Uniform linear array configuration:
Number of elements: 4
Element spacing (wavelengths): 1
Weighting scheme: binomial
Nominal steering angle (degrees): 60
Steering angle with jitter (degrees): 61.453
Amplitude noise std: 0.05
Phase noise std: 0.05

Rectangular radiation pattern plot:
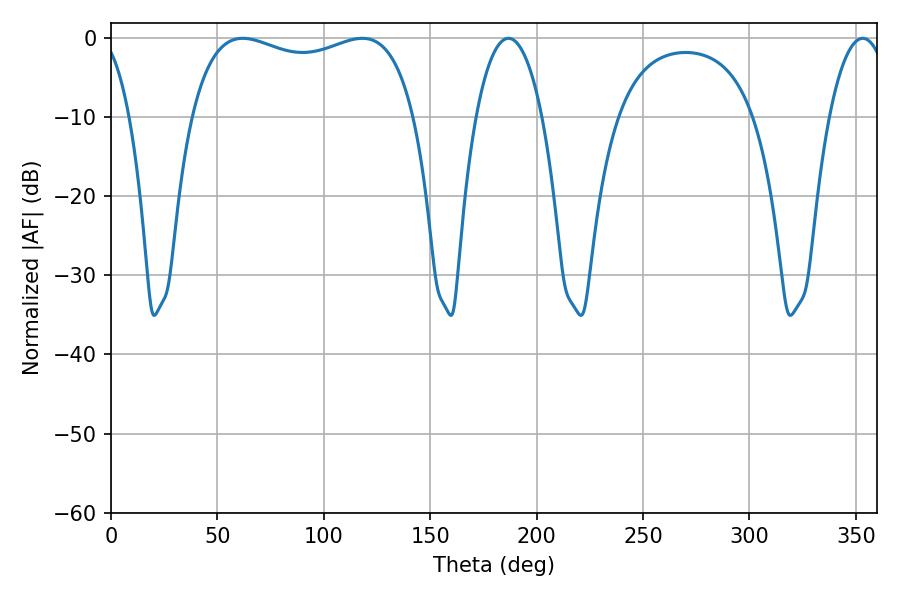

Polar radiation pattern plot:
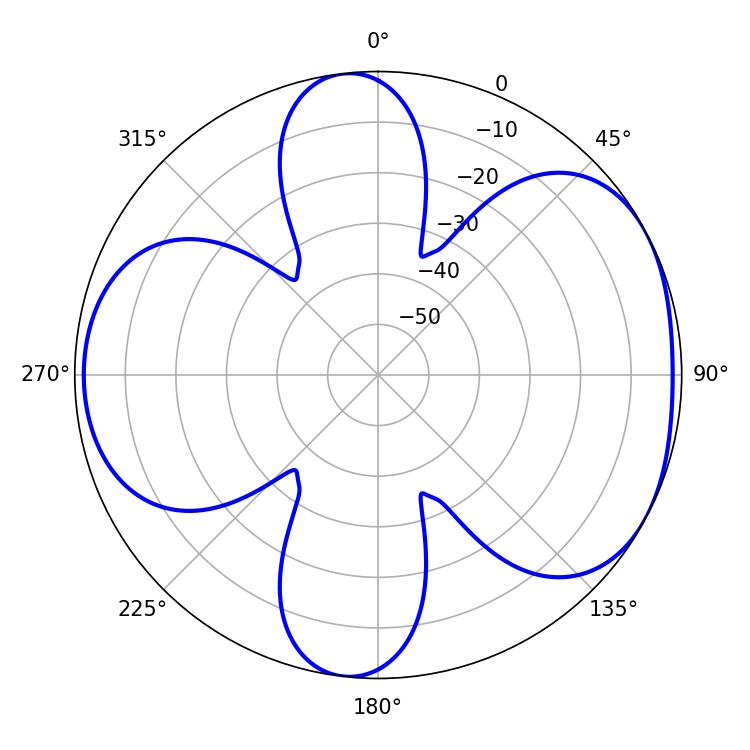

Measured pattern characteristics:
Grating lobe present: TRUE
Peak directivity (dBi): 5.09
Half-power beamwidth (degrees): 86.04
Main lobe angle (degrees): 61.92